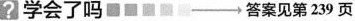
？ 学会了吗■■■■\longrightarrow答案见第239页